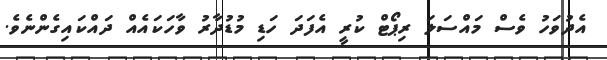
އެދުވަހު ވެސް މައްސަލަ ރިޕޯޓް ކުރީ އެފަދަ ހަޑި މުޑުދާރު ވާހަކައެއް ދައްކައިގެންނެވެ.